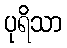
ပုရိသာ